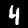
Digit: 4